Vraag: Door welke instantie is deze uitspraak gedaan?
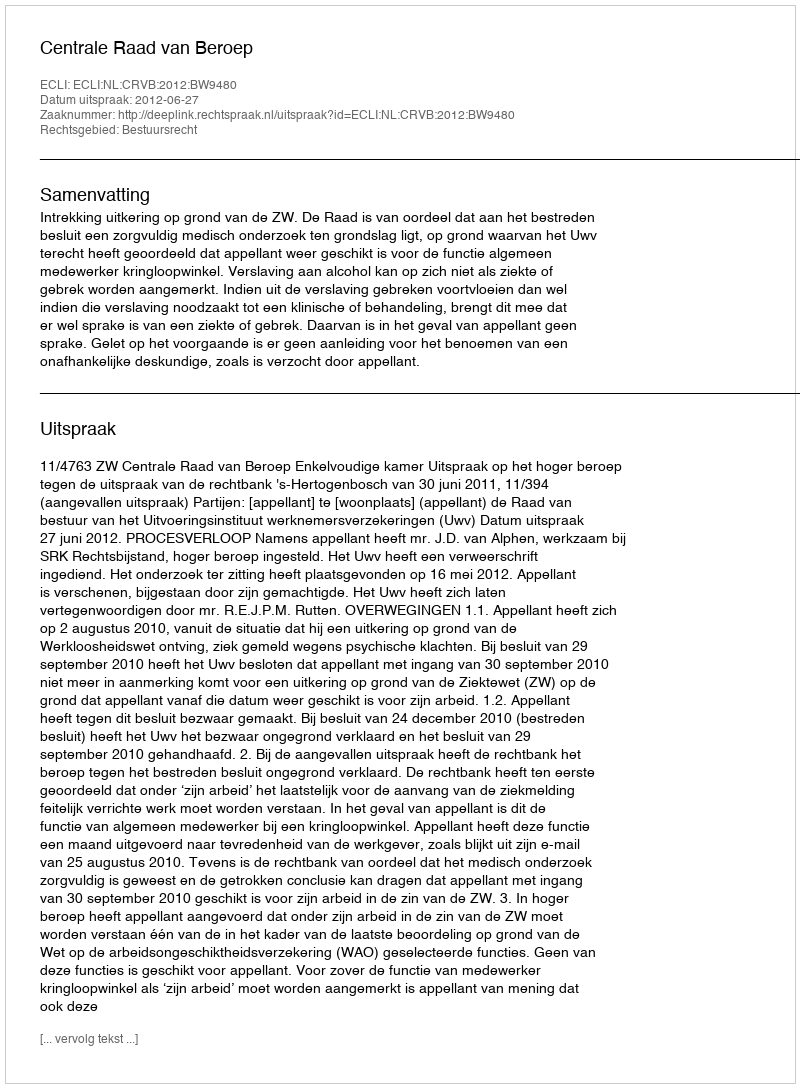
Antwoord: Centrale Raad van Beroep